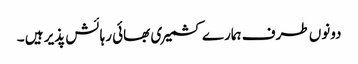
دونوں طرف ہمارے کشمیری بھائی رہائش پذیر ہیں ۔